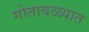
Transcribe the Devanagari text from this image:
गोतावळ्यात